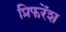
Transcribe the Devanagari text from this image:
प्रिफरेंश